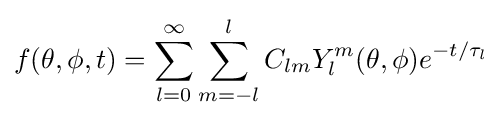
f(\theta ,\phi ,t)=\sum _{l=0}^{\infty }\sum _{m=-l}^{l}C_{lm}Y_{l}^{m}(\theta ,\phi )e^{-t/\tau _{l}}